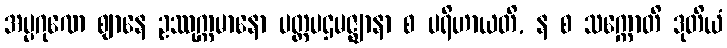
အပ္ပဂုဏေ ဈာနေ ဥဿုက္ကမာနော ပတ္တပဌမဇ္ဈာနာ စ ပရိဟာယတိ, န စ သက္ကောတိ ဒုတိယံ